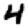
Digit: 4